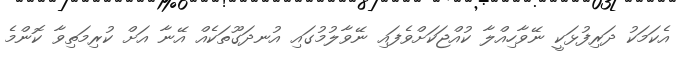
އެކަމަކު ދަރިފުޅަކީ ނޭވާހިއްލާ ކުއްޖަކަށްވެފައި ނޭވާލުމުގައި އުނދަގޫތަކެއް އޭނާ އަށް ކުރިމަތިވާ ކޮންމެ